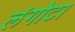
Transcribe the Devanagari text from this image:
लंगोटा